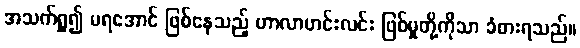
အသက်ရှူ၍ မရအောင် ဖြစ်နေသည့် ဟာလာဟင်းလင်း ဖြစ်မှုတို့ကိုသာ ခံစားရသည်။